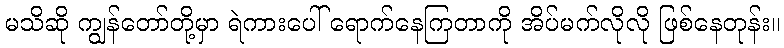
မသိဆို ကျွန်တော်တို့မှာ ရဲကားပေါ် ရောက်နေကြတာကို အိပ်မက်လိုလို ဖြစ်နေတုန်း။